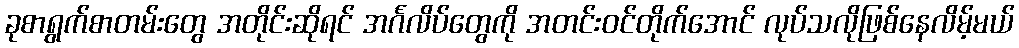
ခုစာရွက်စာတမ်းတွေ အတိုင်းဆိုရင် အင်္ဂလိပ်တွေကို အတင်းဝင်တိုက်အောင် လုပ်သလိုဖြစ်နေလိမ့်မယ်